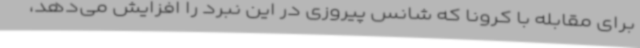
برای مقابله با کرونا که شانس پیروزی در این نبرد را افزایش می‌دهد،